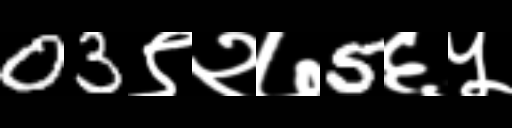
Text: 03९२७5६५